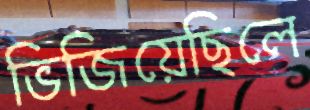
ভিজিয়েছিলে